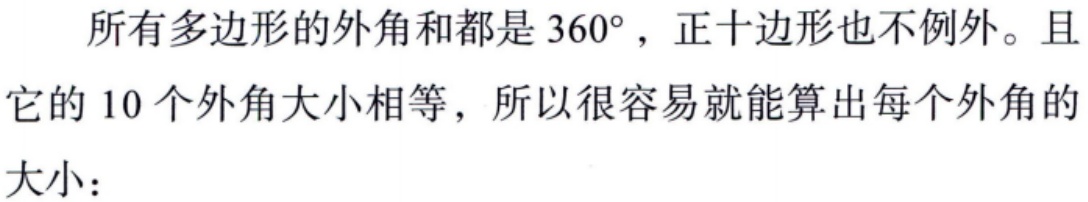
所有多边形的外角和都是 \(360^{\circ}\)，正十边形也不例外。且它的 10 个外角大小相等，所以很容易就能算出每个外角的大小：